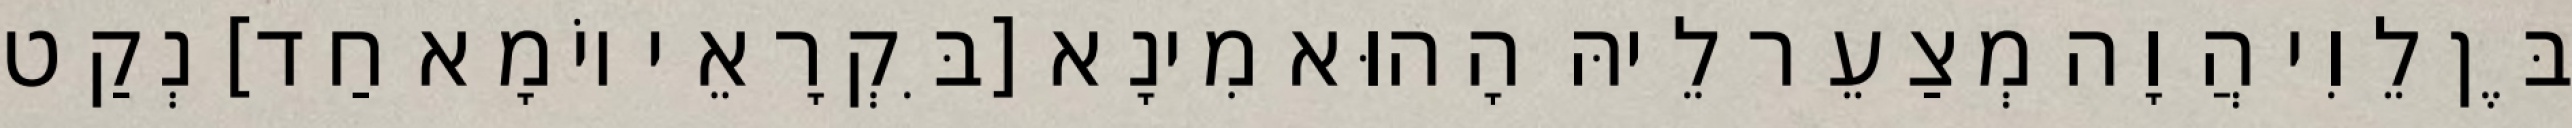
בֶּן לֵוִי הֲוָה מְצַעֵר לֵיהּ הָהוּא מִינָא [בִּקְרָאֵי יוֹמָא חַד] נְקַט